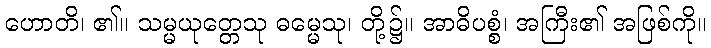
ဟောတိ၊ ၏။ သမ္မယုတ္တေသု ဓမ္မေသု၊ တို့၌။ အာဓိပစ္စံ၊ အကြီး၏ အဖြစ်ကို။